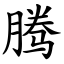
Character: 腾